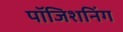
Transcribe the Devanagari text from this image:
पॉजिशनिंग